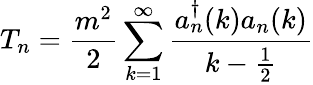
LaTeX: T_{n}=\frac{m^{2}}{2}\sum_{k=1}^{\infty}\frac{a_{n}^{\dagger}(k)a_{n}(k)}{k-\frac{1}{2}}